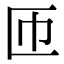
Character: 匝